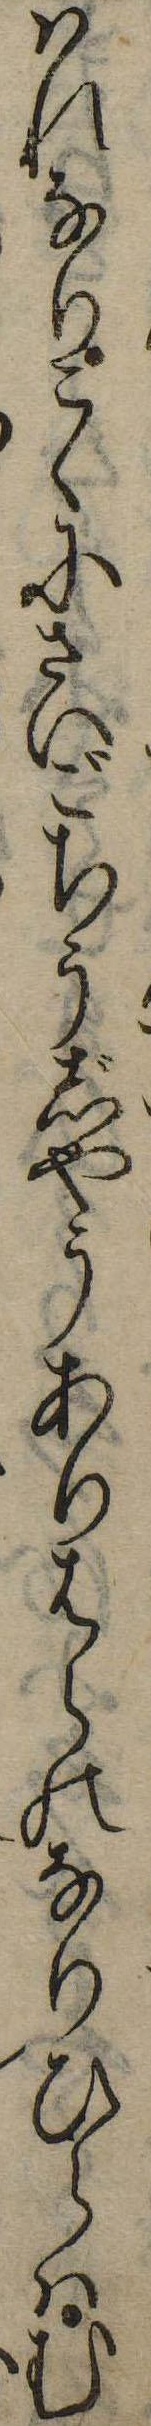
はれなりこゝにさいごちうじやうありはらのなりひらはむ